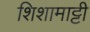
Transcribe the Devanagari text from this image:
शिशामाट्टी